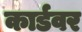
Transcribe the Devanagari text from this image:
कार्डवर